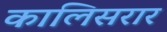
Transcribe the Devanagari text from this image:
कालिसरार